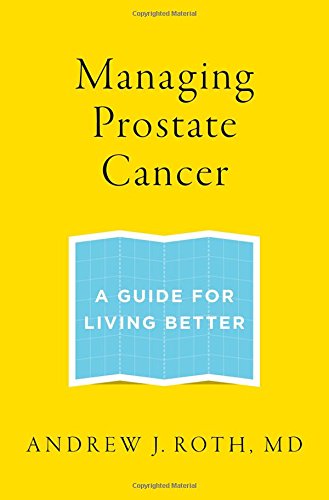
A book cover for Managing Prostate Cancer: A Guide for Living Better; Andrew J. Roth; Health, Fitness & Dieting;